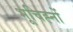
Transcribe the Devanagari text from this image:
भूचिह्नों